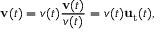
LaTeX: \mathbf { v } ( t ) = v ( t ) { \frac { \mathbf { v } ( t ) } { v ( t ) } } = v ( t ) \mathbf { u } _ { \mathrm { t } } ( t ) ,